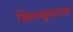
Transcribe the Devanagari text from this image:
खिलसूक्तात